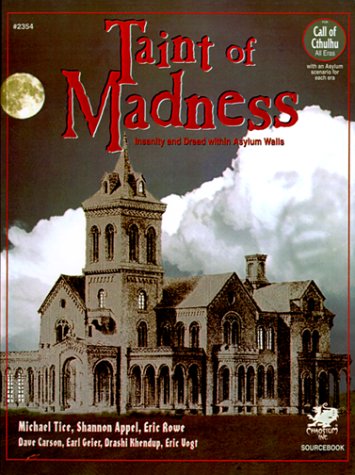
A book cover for Taint of Madness: Insanity and Dread Within Asylum Walls (Call of Cthulhu Horror Roleplaying); Michael Tice; Science Fiction & Fantasy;